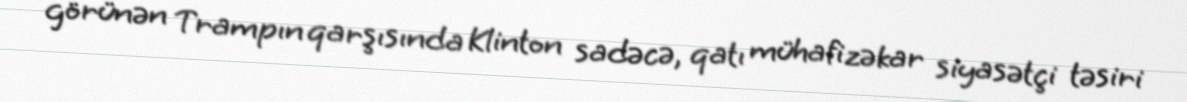
görünən Trampın qarşısında Klinton sadəcə, qatı mühafizəkar siyasətçi təsiri